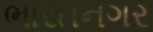
ભારતનગર